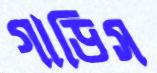
গাড়িস